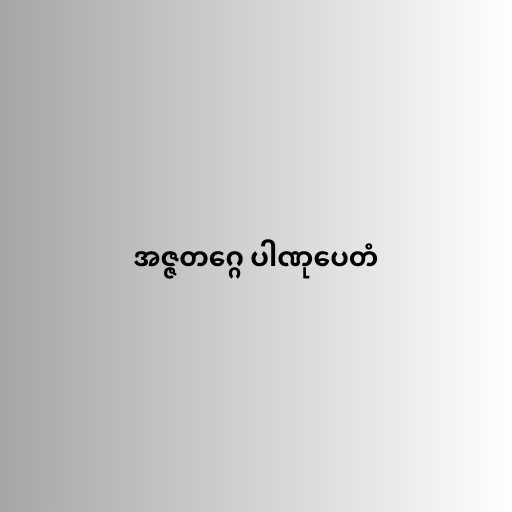
အဇ္ဇတဂ္ဂေ ပါဏုပေတံ